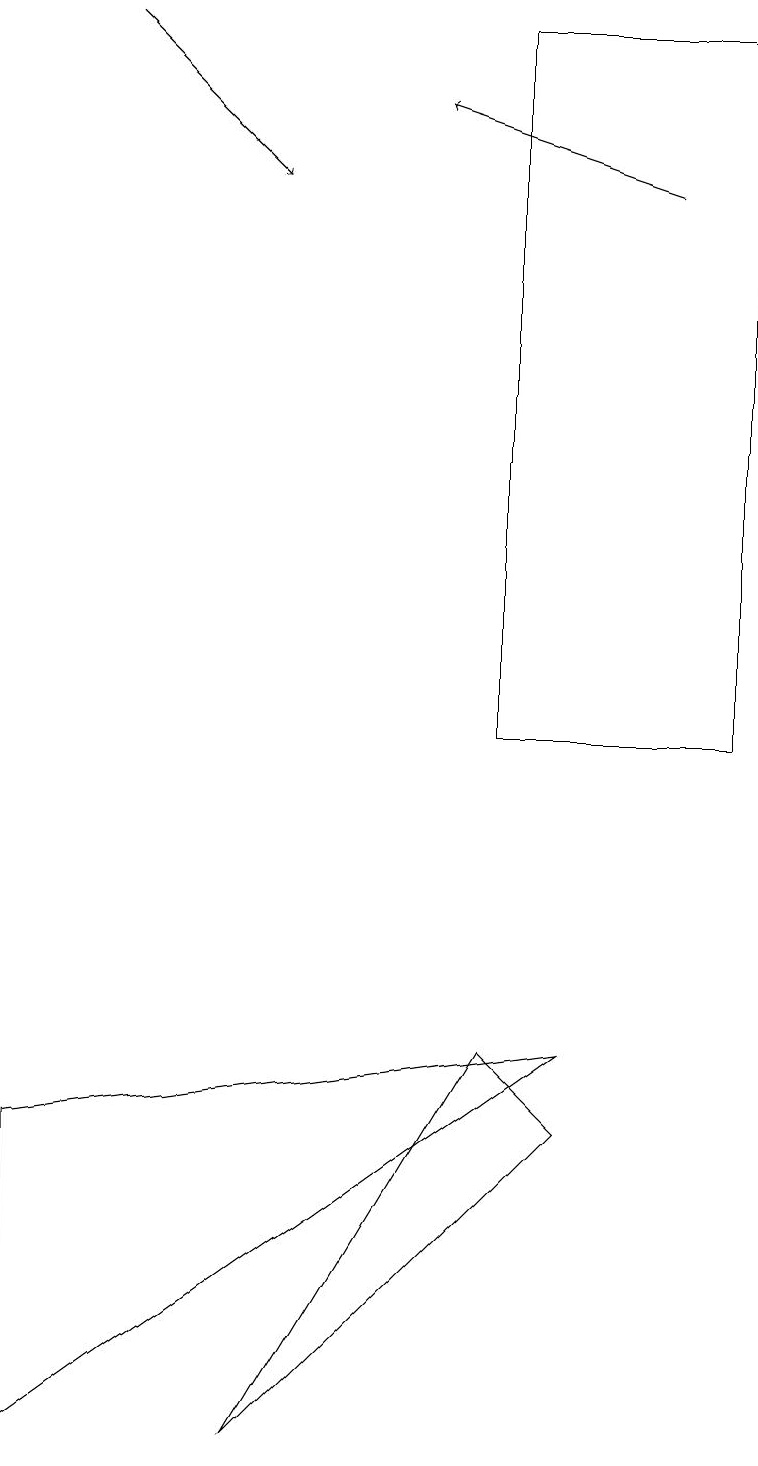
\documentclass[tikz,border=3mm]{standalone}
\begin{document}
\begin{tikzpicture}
\draw (6,19) rectangle (9,10);
\draw (7,5) -- (6,6) -- (3,1) -- cycle;
\draw[->] (1,19) -- (3,17);
\draw[->] (8,17) -- (5,18);
\draw (0,5) -- (7,6) -- (0,1) -- cycle;
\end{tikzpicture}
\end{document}